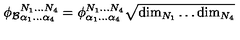
\phi _ { \mathcal { B } } { } _ { \alpha _ { 1 } \ldots \alpha _ { 4 } } ^ { N _ { 1 } \ldots N _ { 4 } } = \phi _ { \alpha _ { 1 } \ldots \alpha _ { 4 } } ^ { N _ { 1 } \ldots N _ { 4 } } \sqrt { \mathrm { d i m } _ { N _ { 1 } } \ldots \mathrm { d i m } _ { N _ { 4 } } }